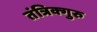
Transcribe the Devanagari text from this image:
तंत्रिक्गुरु